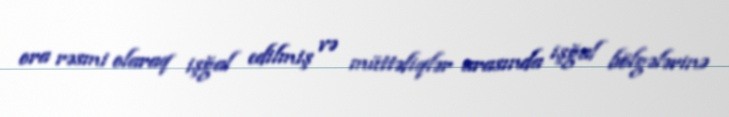
ora rəsmi olaraq işğal edilmiş və müttəfiqlər arasında işğal bölgələrinə